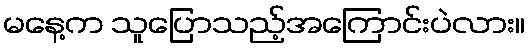
မနေ့က သူပြောသည့်အကြောင်းပဲလား။